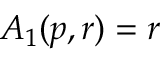
A _ { 1 } ( p , r ) = r